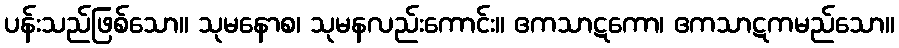
ပန်းသည်ဖြစ်သော။ သုမနောစ၊ သုမနလည်းကောင်း။ ဧကသာဋကော၊ ဧကသာဋကမည်သော။